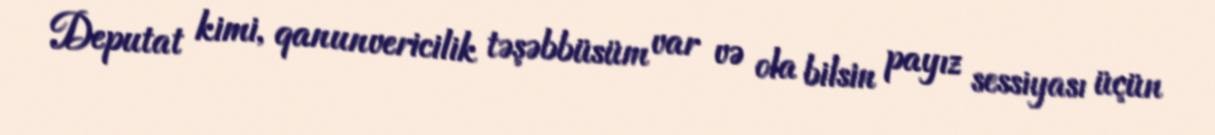
Deputat kimi, qanunvericilik təşəbbüsüm var və ola bilsin payız sessiyası üçün